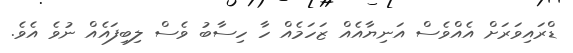
ޑްރައިވަރަށް އެއްވެސް އަނިޔާއެއް ޒަހަމެއް ހާ ހިސާބު ވެސް ލިބިފައެއް ނުވެ އެވެ.